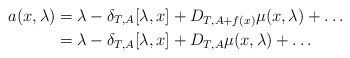
\begin{align*}a(x,\lambda) &= \lambda - \delta_{T,A} [\lambda , x] + D_{T,A+f(x)} \mu(x,\lambda) + \dots \\&= \lambda - \delta_{T,A}[\lambda,x] + D_{T,A} \mu(x,\lambda) + \dots\end{align*}